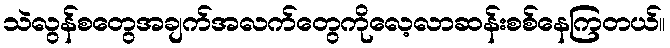
သဲလွန်စတွေအချက်အလက်တွေကိုလေ့လာဆန်းစစ်နေကြတယ်။